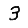
Digit: 3